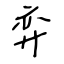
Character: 弈